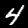
Digit: 4